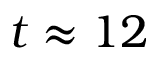
t \approx 1 2